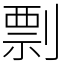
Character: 剽